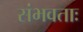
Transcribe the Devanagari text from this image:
संभवताः